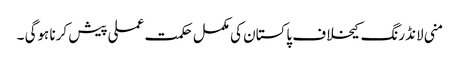
منی لانڈرنگ کیخلاف پاکستان کی مکمل حکمت عملی پیش کرنا ہوگی ۔